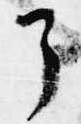
了